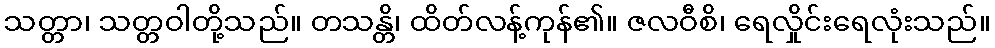
သတ္တာ၊ သတ္တဝါတို့သည်။ တသန္တိ၊ ထိတ်လန့်ကုန်၏။ ဇလဝီစိ၊ ရေလှိုင်းရေလုံးသည်။